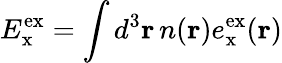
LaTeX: E_{\mathrm{x}}^{\mathrm{ex}}=\int d^{3}\mathbf{r}\, n(\mathbf{r})e_{\mathrm{x}}^{\mathrm{ex}}(\mathbf{r})